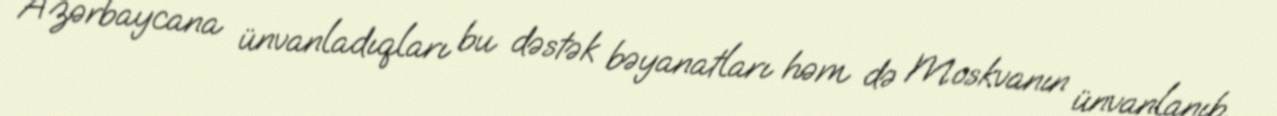
Azərbaycana ünvanladıqları bu dəstək bəyanatları həm də Moskvanın ünvanlanıb.